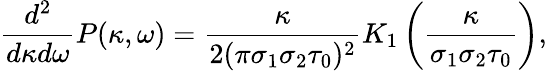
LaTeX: {\frac{d^{2}}{d\kappa d\omega}}P(\kappa,\omega)={\frac{\kappa}{2(\pi\sigma_{1}\sigma_{2}\tau_{0})^{2}}}K_{1}\left({\frac{\kappa}{\sigma_{1}\sigma_{2}\tau_{0}}}\right),